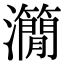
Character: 𤄒